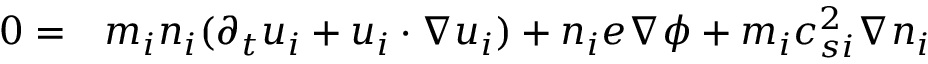
\begin{array} { r l } { 0 = } & { { } m _ { i } { n _ { i } } ( \partial _ { t } { u _ { i } } + { u _ { i } } \cdot \nabla { u _ { i } } ) + { n _ { i } } e \nabla \phi + m _ { i } c _ { s i } ^ { 2 } \nabla { n _ { i } } } \end{array}